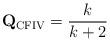
LaTeX: \begin{align*}{\mathbf Q}_{\rm CFIV}= \frac{k}{k+2}\end{align*}